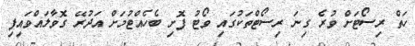
ހަތް ރިސޯޓަށް ވުރެ ގިނަ ރިސޯޓްތަކުގައި ވޯޓު ފޮށި ބެހެއްޓުމަށް އަދުރޭ ގޮވާލައްވައިފި